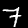
Label: 7